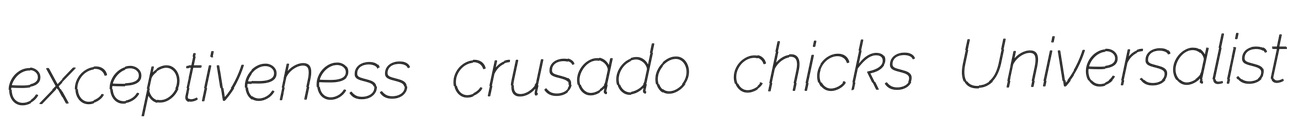
exceptiveness crusado chicks Universalist